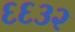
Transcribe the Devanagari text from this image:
६६३२